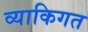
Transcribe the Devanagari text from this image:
व्याकिगत